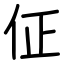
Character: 佂